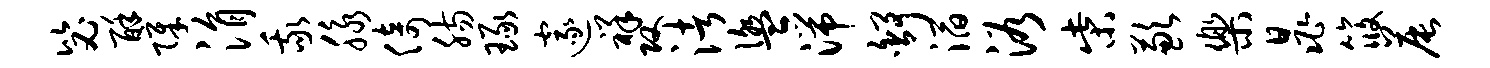
毖酥障涓我脉倚肠琢邃祥攻渚盥湍舒滔浴柴歉乐晁筱晨